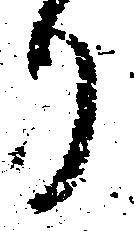
り